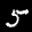
Label: 5